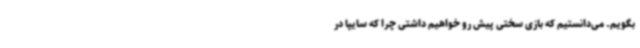
بگویم. می‌دانستیم که بازی سختی پیش رو خواهیم داشتی چرا که سایپا در